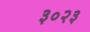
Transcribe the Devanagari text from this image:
३०२३